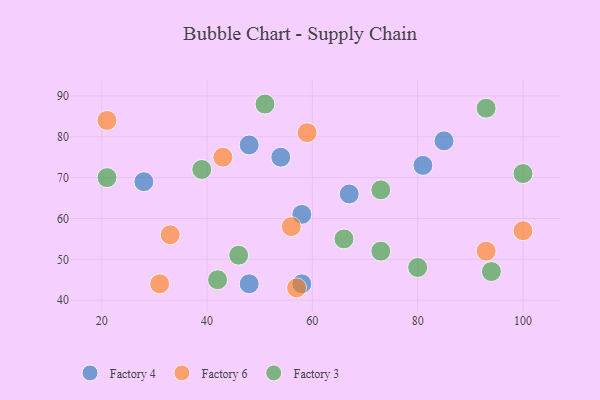
{"axis": {"x": "GDP", "y": "Life Expectancy"}, "legend": ["Factory 3", "Factory 4", "Factory 6"], "data": [{"x": "58", "y": 61, "type": "Factory 4"}, {"x": "48", "y": 78, "type": "Factory 4"}, {"x": "54", "y": 75, "type": "Factory 4"}, {"x": "85", "y": 79, "type": "Factory 4"}, {"x": "58", "y": 44, "type": "Factory 4"}, {"x": "28", "y": 69, "type": "Factory 4"}, {"x": "48", "y": 44, "type": "Factory 4"}, {"x": "67", "y": 66, "type": "Factory 4"}, {"x": "81", "y": 73, "type": "Factory 4"}, {"x": "31", "y": 44, "type": "Factory 6"}, {"x": "56", "y": 58, "type": "Factory 6"}, {"x": "93", "y": 52, "type": "Factory 6"}, {"x": "33", "y": 56, "type": "Factory 6"}, {"x": "100", "y": 57, "type": "Factory 6"}, {"x": "21", "y": 84, "type": "Factory 6"}, {"x": "59", "y": 81, "type": "Factory 6"}, {"x": "57", "y": 43, "type": "Factory 6"}, {"x": "43", "y": 75, "type": "Factory 6"}, {"x": "42", "y": 45, "type": "Factory 3"}, {"x": "73", "y": 52, "type": "Factory 3"}, {"x": "39", "y": 72, "type": "Factory 3"}, {"x": "46", "y": 51, "type": "Factory 3"}, {"x": "66", "y": 55, "type": "Factory 3"}, {"x": "80", "y": 48, "type": "Factory 3"}, {"x": "94", "y": 47, "type": "Factory 3"}, {"x": "51", "y": 88, "type": "Factory 3"}, {"x": "100", "y": 71, "type": "Factory 3"}, {"x": "73", "y": 67, "type": "Factory 3"}, {"x": "93", "y": 87, "type": "Factory 3"}, {"x": "21", "y": 70, "type": "Factory 3"}]}